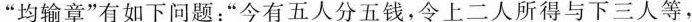
”均输章”有如下问题：”今有五人分五钱，令上二人所得与下三人等，